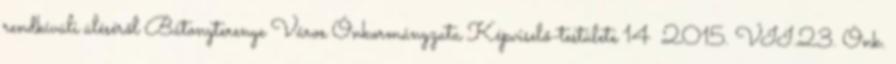
rendkívüli üléséről Bátonyterenye Város Önkormányzata Képviselő-testülete 14 2015. VII.23. Önk.